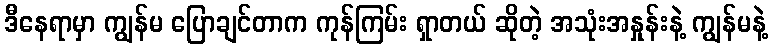
ဒီနေရာမှာ ကျွန်မ ပြောချင်တာက ကုန်ကြမ်း ရှာတယ် ဆိုတဲ့ အသုံးအနှုန်းနဲ့ ကျွန်မနဲ့